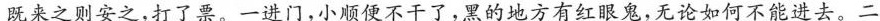
既来之则安之，打了票。一进门，小顺便不干了，黑的地方有红眼鬼，无论如何不能进去。二